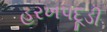
હરખપદૂડી